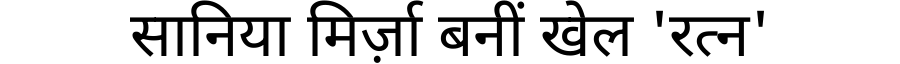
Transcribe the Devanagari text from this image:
सानिया मिर्ज़ा बनीं खेल 'रत्न'